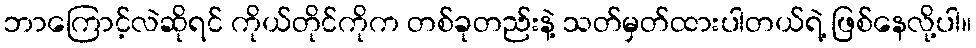
ဘာကြောင့်လဲဆိုရင် ကိုယ်တိုင်ကိုက တစ်ခုတည်းနဲ့ သတ်မှတ်ထားပါတယ်ရဲ့ ဖြစ်နေလို့ပါ။